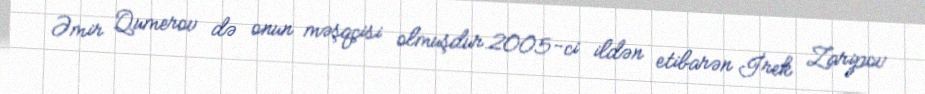
Əmir Qumerov də onun məşqçisi olmuşdur.2005-ci ildən etibarən İrek Zaripov